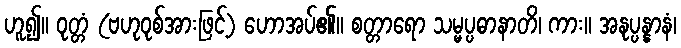
ဟူ၍။ ဝုတ္တံ (ဗဟုဝုစ်အားဖြင့်) ဟောအပ်၏။ စတ္တာရော သမ္မပ္ပဓာနာတိ၊ ကား။ အနုပ္ပန္နာနံ၊